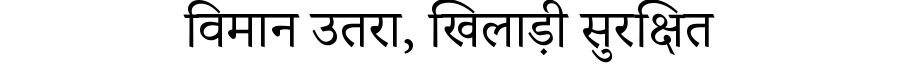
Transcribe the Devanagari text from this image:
विमान उतरा, खिलाड़ी सुरक्षित